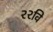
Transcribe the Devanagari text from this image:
२२वि